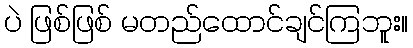
ပဲ ဖြစ်ဖြစ် မတည်ထောင်ချင်ကြဘူး။